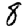
Digit: 8